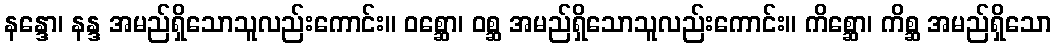
နန္ဒော၊ နန္ဒ အမည်ရှိသောသူလည်းကောင်း။ ဝစ္ဆော၊ ဝစ္ဆ အမည်ရှိသောသူလည်းကောင်း။ ကိစ္ဆော၊ ကိစ္ဆ အမည်ရှိသော